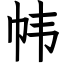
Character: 帏